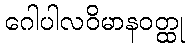
ဂေါပါလဝိမာနဝတ္ထု